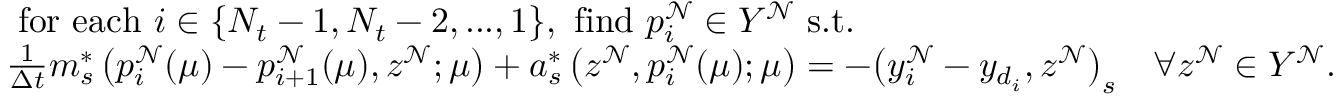
\begin{array} { r l } & { \mathrm { ~ f o r ~ e a c h ~ } i \in \{ N _ { t } - 1 , N _ { t } - 2 , . . . , 1 \} \mathrm { , ~ f i n d ~ } p _ { i } ^ { \mathcal { N } } \in Y ^ { \mathcal { N } } \mathrm { ~ s . t . ~ } } \\ & { \frac { 1 } { \Delta t } m _ { s } ^ { * } \left( p _ { i } ^ { \mathcal { N } } ( \boldsymbol { \mu } ) - p _ { i + 1 } ^ { \mathcal { N } } ( \boldsymbol { \mu } ) , z ^ { \mathcal { N } } ; \boldsymbol { \mu } \right) + a _ { s } ^ { * } \left( z ^ { \mathcal { N } } , p _ { i } ^ { \mathcal { N } } ( \boldsymbol { \mu } ) ; \boldsymbol { \mu } \right) = - \big ( y _ { i } ^ { \mathcal { N } } - y _ { d _ { i } } , z ^ { \mathcal { N } } \big ) _ { s } \quad \forall z ^ { \mathcal { N } } \in Y ^ { \mathcal { N } } . } \end{array}